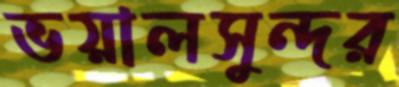
ভয়ালসুন্দর